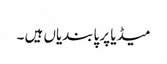
میڈیا پر پابندیاں ہیں ۔